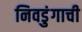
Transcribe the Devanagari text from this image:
निवडुंगाची